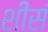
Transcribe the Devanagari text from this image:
शीसं